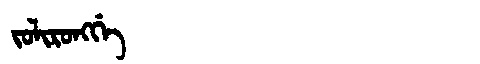
Manchu: ᠵᠣᠯᡳᡵᠣᠩᡤᡝ
Romanization: JOLIRONGGE